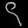
Digit: ၄